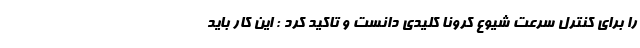
را برای کنترل سرعت شیوع کرونا کلیدی دانست و تاکید کرد : این کار باید